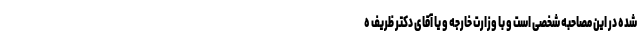
شده در این مصاحبه شخصی است و با وزارت خارجه و یا آقای دکتر ظریف ه